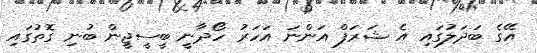
އޭގެ ބަދަލުގައި އެ ޝަރަފް އަންނަ އަހަރު ހޯދާނީ ބީސީޖީން ބުނި ގޮތުގައި